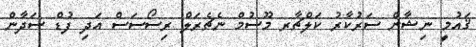
ޤައުމީ ނިޝާން ސަރުކާރު ކަލްޗާރ މޫސުމް ނެޗެރަލް ރިސޯސަސް އަދި ފުޑް ސަދާން